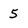
Character: 5